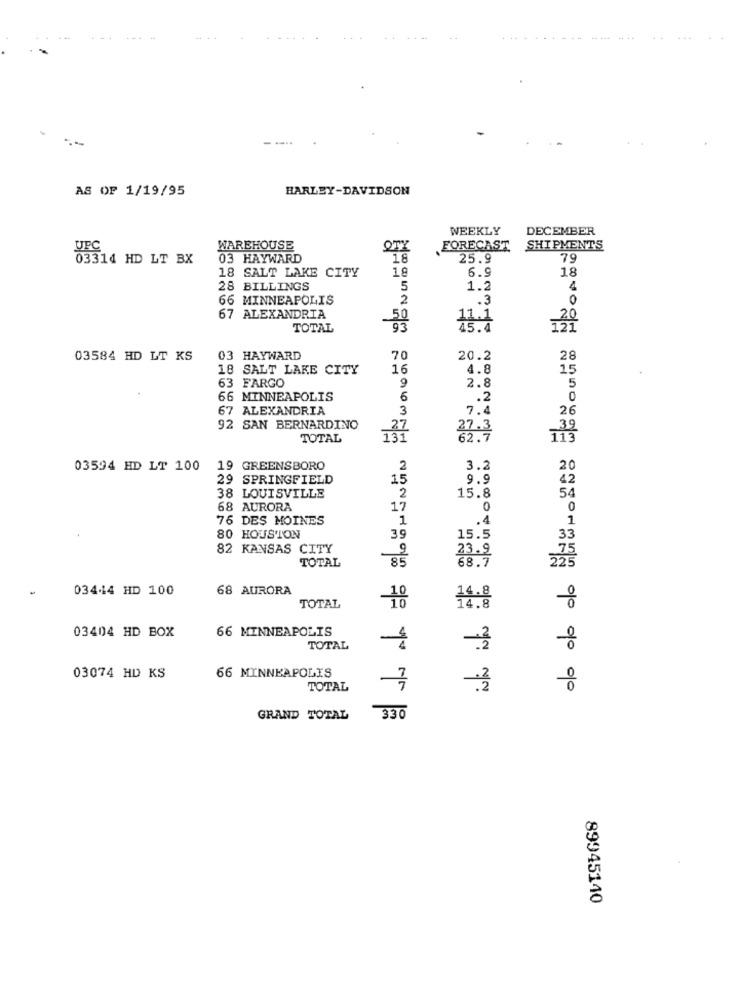
AS OF 1/19/95
HARLEY-DAVIDSON
WEEKLY
DECEMBER
UPC
WAREHOUSE
QTY
FORECAST
SHIPMENTS
03314 HD LT BX
03 HAYWARD
18
25.9
79
18 SALT LAKE CITY
6.9
18
28 BILLINGS
5
1.2
66 MINNEAPOLIS
2
.3
JO
67 ALEXANDRIA
50
TOTAL
93
45.4
12
03584 HD LT KS
03 HAYWARD
70
20.2
28
18 SALT LAKE CITY
16
4.8
15
63 FARGO
9
2.8
5
66 MINNEAPOLIS
6
.2
67 ALEXANDRIA
3
7.4
26
92 SAN BERNARDINO
27
TOTAL
27.3
113
03594 HD LT 100
19 GREENSBORO
2
3.2
20
29 SPRINGFIELD
15
9.9
42
38 LOUISVILLE
2
15.8
54
68 AURORA
17
0
0
76 DES MOINES
1
.4
1
80 HOUSTON
39
15.5
33
82 KANSAS CITY
9
TOTAL
85
68.7
75
225
03444 HD 100
68 AURORA
TOTAL
16.8
66 MINNEAPOLIS
03404 HD BOX
TOTAL
03074 HD KS
66 MINNEAPOLIS
7
TOTAL
GRAND TOTAL
330
89945140